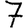
Digit: 7